Leprosy in India: report of the Leprosy Commission in India, 1890-91
Year: 1890
Disease focus: Leprosy
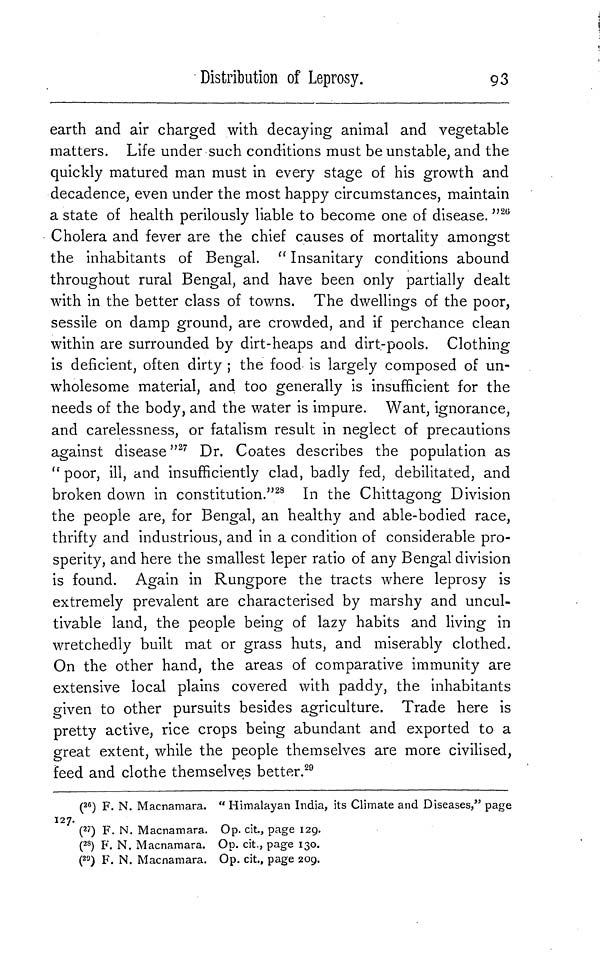
Distribution of Leprosy.
93
earth and air charged with decaying animal and vegetable
matters. Life under such conditions must be unstable, and the
quickly matured man must in every stage of his growth and
decadence, even under the most happy circumstances, maintain
a state of health perilously liable to become one of disease. " 26
Cholera and fever are the chief causes of mortality amongst
the inhabitants of Bengal. " Insanitary conditions abound
throughout rural Bengal, and have been only partially dealt
with in the better class of towns. The dwellings of the poor,
sessile on damp ground, are crowded, and if perchance clean
within are surrounded by dirt-heaps and dirt-pools. Clothing
is deficient, often dirty ; the food is largely composed of un-
wholesome material, and. too generally is insufficient for the
needs of the body, and the water is impure. Want, ignorance,
and carelessness, or fatalism result in neglect of precautions
against disease " 27 Dr. Coates describes the population as
"poor, ill, and insufficiently clad, badly fed, debilitated, and
broken down in constitution." 28 In the Chittagong Division
the people are, for Bengal, an healthy and able-bodied race,
thrifty and industrious, and in a condition of considerable pro-
sperity, and here the smallest leper ratio of any Bengal division
is found. Again in Rungpore the tracts where leprosy is
extremely prevalent are characterised by marshy and uncul-
tivable land, the people being of lazy habits and living in
wretchedly built mat or grass huts, and miserably clothed.
On the other hand, the areas of comparative immunity are
extensive local plains covered with paddy, the inhabitants
given to other pursuits besides agriculture. Trade here is
pretty active, rice crops being abundant and exported to a
great extent, while the people themselves are more civilised,
feed and clothe themselves better. 29
( 26 ) F. N. Macnamara. " Himalayan India, its Climate and Diseases," page
127.
( 27 ) F. N. Macnamara. Op. cit., page 129.
( 28 ) F. N. Macnamara. Op. cit., page 130.
( 29 ) F. N. Macnamara. Op. cit., page 209.